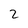
Character: 2